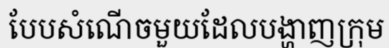
បែបសំណើចមួយដែលបង្ហាញក្រុម